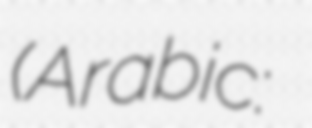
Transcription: (Arabic: البنك السعودي